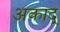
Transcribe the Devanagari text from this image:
अकाद्